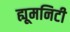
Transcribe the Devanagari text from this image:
ह्यूमनिटी